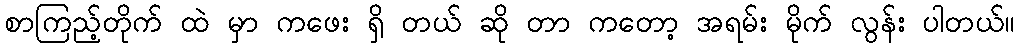
စာကြည့်တိုက် ထဲ မှာ ကဖေး ရှိ တယ် ဆို တာ ကတော့ အရမ်း မိုက် လွန်း ပါတယ်။